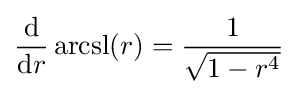
{\frac {\mathrm {d} }{\mathrm {d} r}}\operatorname {arcsl} (r)={\frac {1}{\sqrt {1-r^{4}}}}